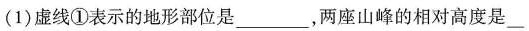
(1)虚线①表示的地形部位是___，两座山峰的相对高度是___